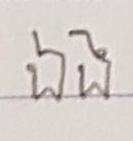
ឯង